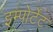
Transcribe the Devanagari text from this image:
इम्पोर्टेंट